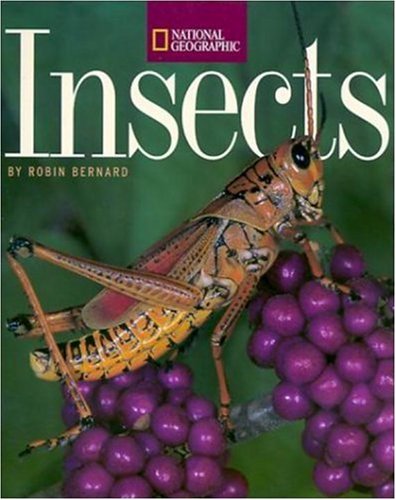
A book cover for Insects; Robin Bernard; Children's Books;